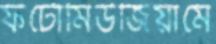
ফটোমিউজিয়ামে